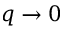
q \rightarrow 0